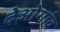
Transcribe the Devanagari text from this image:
देओगांव